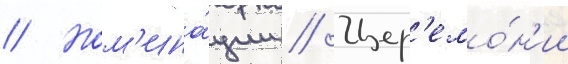
// Ном'ина́ции // Цер'емо́н'ии